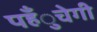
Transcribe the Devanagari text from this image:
पहँुचेगी